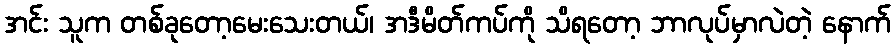
အင်း သူက တစ်ခုတော့မေးသေးတယ်၊ အဒီမိတ်ကပ်ကို သိရတော့ ဘာလုပ်မှာလဲတဲ့ နောက်